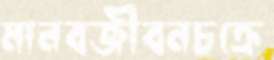
মানবজীবনচক্রে